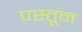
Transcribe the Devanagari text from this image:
पस्तून